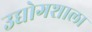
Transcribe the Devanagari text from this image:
उद्योगशाला